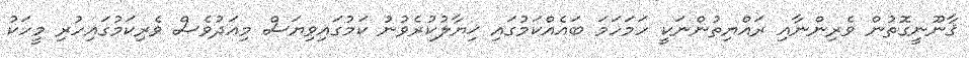
ޤާނޫނީގޮތުން ވެރިންނާއި ރައްޔިތުންނަކީ ހަމަހަމަ ބައެއްކަމުގައި ޚިޔާލުކުރެވުނު ކަމުގައިވިޔަސް މިއަދުވެސް ވެރިކަމުގައިހުރި މީހަކު